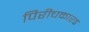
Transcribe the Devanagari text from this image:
पिरीचकारड